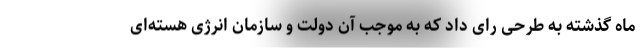
ماه گذشته به طرحی رای داد که به موجب آن دولت و سازمان انرژی هسته‌ای